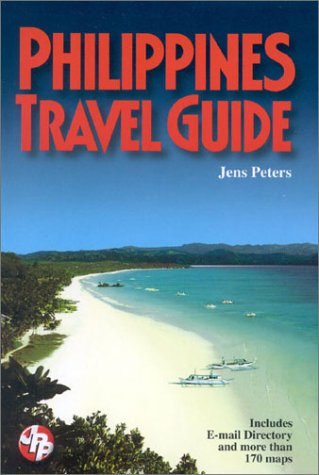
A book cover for Philippines Travel Guide; Jens Peters; Travel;